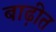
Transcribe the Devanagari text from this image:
बाढ़ीत